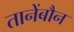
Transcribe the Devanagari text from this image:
तानेंबौन